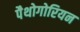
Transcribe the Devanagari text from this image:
पैथोगोरियन